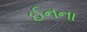
ઈનના